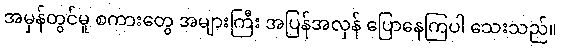
အမှန်တွင်မူ စကားတွေ အများကြီး အပြန်အလှန် ပြောနေကြပါ သေးသည်။